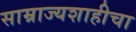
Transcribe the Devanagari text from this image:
साम्राज्यशाहीचा